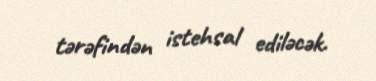
tərəfindən istehsal ediləcək.